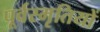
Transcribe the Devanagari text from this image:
पूर्वस्मृतियों